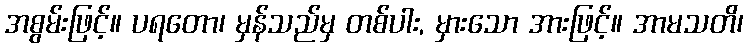
အစွမ်းဖြင့်။ ပရတော၊ မှန်သည်မှ တစ်ပါး, မှားသော အားဖြင့်။ အာမသတိ၊